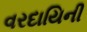
વરદાયિની